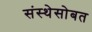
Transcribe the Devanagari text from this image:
संस्थेसोबत